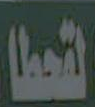
القحطاء